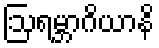
ဩရမ္ဘာဂိယာနိ